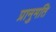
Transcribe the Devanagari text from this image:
प्रानुमति